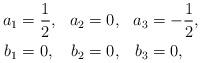
LaTeX: \begin{align*}\begin{aligned}a_1 &= \frac{1}{2}, &a_2 &= 0, &a_3 &= -\frac{1}{2}, \\b_1 &= 0, &b_2 &= 0, &b_3 &= 0,\end{aligned}\end{align*}